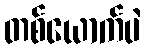
တစ်ယောက်ပဲ